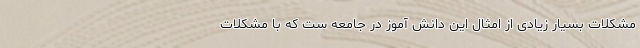
مشکلات بسیار زیادی از امثال این دانش آموز در جامعه ست که با مشکلات